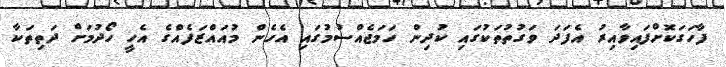
ފާހަގަކޮށްފައިވާއިރު އެފަދަ ވަގުތުތަކުގައި ކުދިން ހަމަޖެއްސުމުގައި އެހެން މުއައްޒަފެއްގެ އެހީ ހޯދުމަށް ދަތިތަކާ